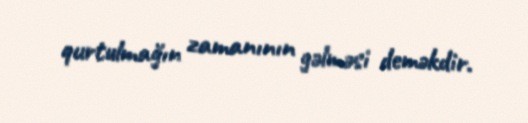
qurtulmağın zamanının gəlməsi deməkdir.